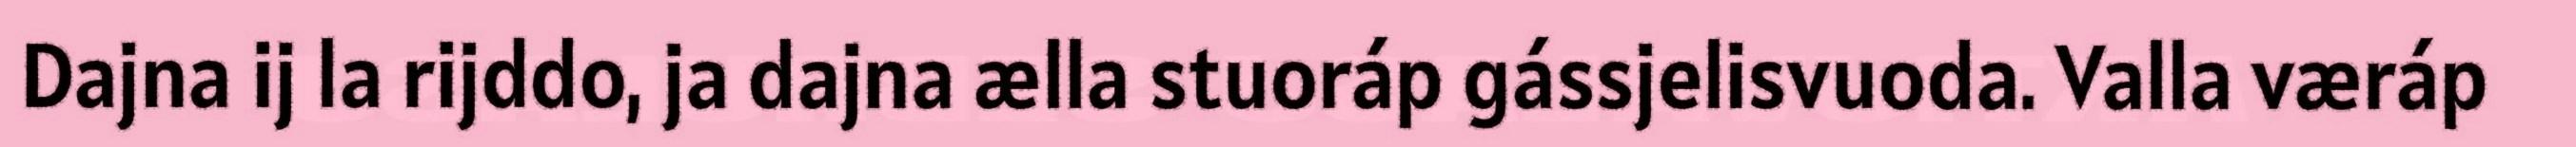
Dajna ij la rijddo, ja dajna ælla stuoráp gássjelisvuoda. Valla væráp